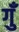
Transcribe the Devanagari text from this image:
गुँ